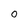
Character: 0